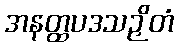
အနတ္ထပဒသဉှိတံ